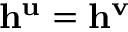
\mathbf { h } ^ { \mathbf { u } } = \mathbf { h } ^ { \mathbf { v } }